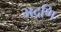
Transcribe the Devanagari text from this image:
भद्रणि